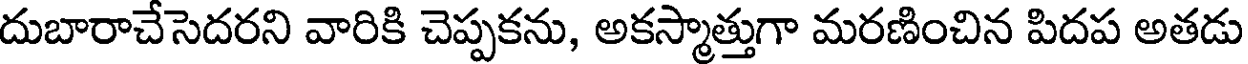
దుబారాచేసెదరని వారికి చెప్పకను, అకస్మాత్తుగా మరణించిన పిదప అతడు